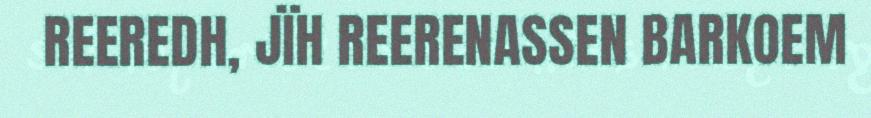
REEREDH, JÏH REERENASSEN BARKOEM